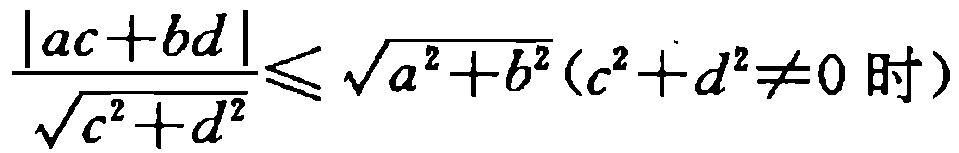
$\frac{|ac + bd|}{\sqrt{c^{2}+d^{2}}}\leqslant \sqrt{a^{2}+b^{2}}(c^{2}+d^{2}\neq 0 \text{ 时})$